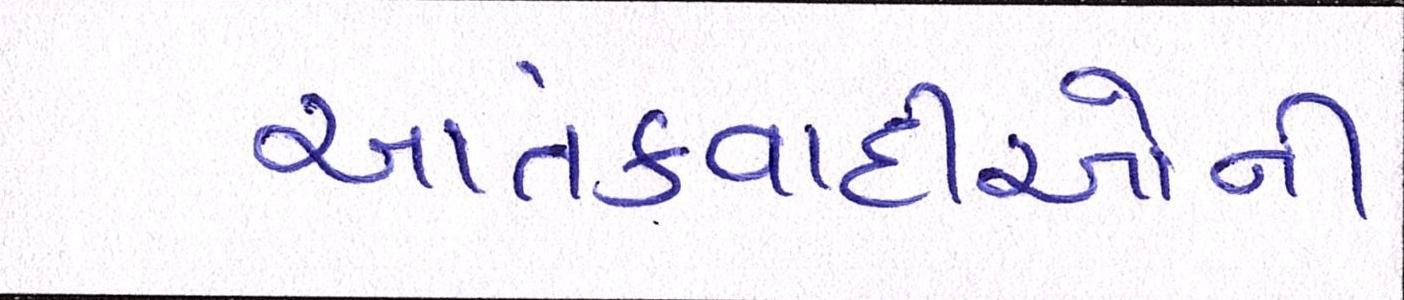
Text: આતંકવાદીઓની